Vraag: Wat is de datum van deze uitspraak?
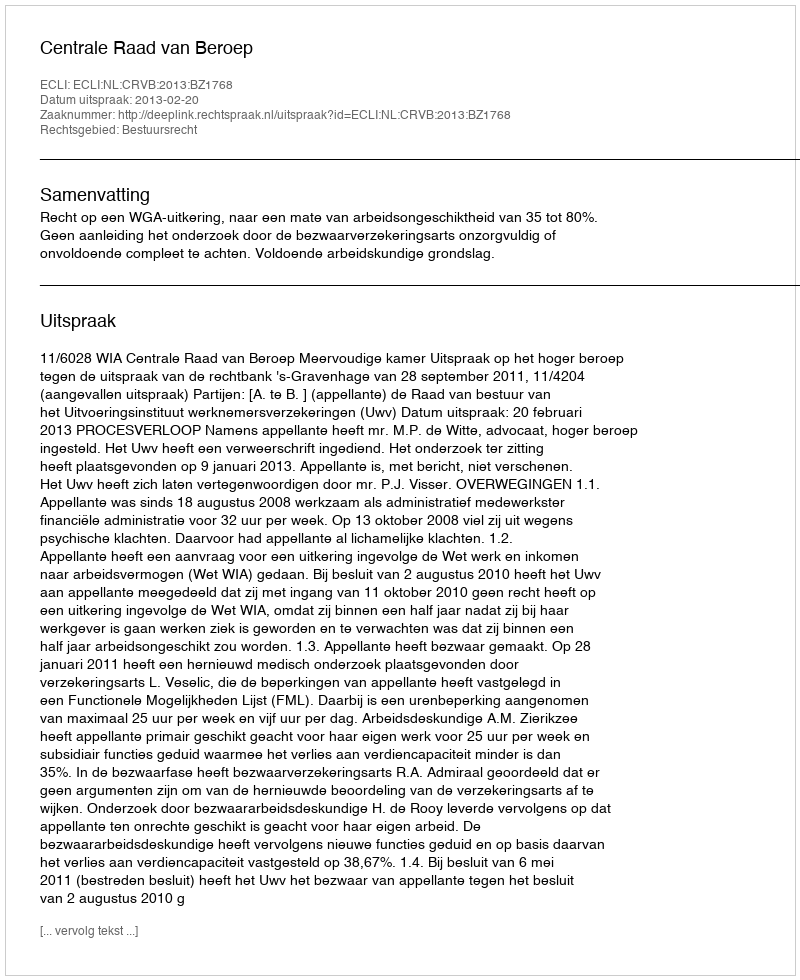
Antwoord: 2013-02-20